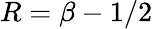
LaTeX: R=\beta-1/2